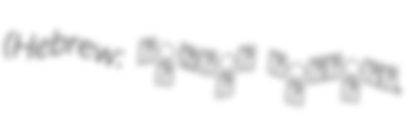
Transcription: (Hebrew: כְּפַר זֵיתִים,